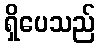
ရှိပေသည်